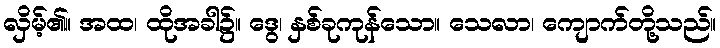
လှိမ့်၏။ အထ၊ ထိုအခါ၌။ ဒွေ၊ နှစ်ခုကုန်သော။ သေလာ၊ ကျောက်တို့သည်။